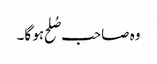
وہ صاحب صُلح ہو گا۔